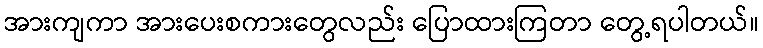
အားကျကာ အားပေးစကားတွေလည်း ပြောထားကြတာ တွေ့ရပါတယ်။